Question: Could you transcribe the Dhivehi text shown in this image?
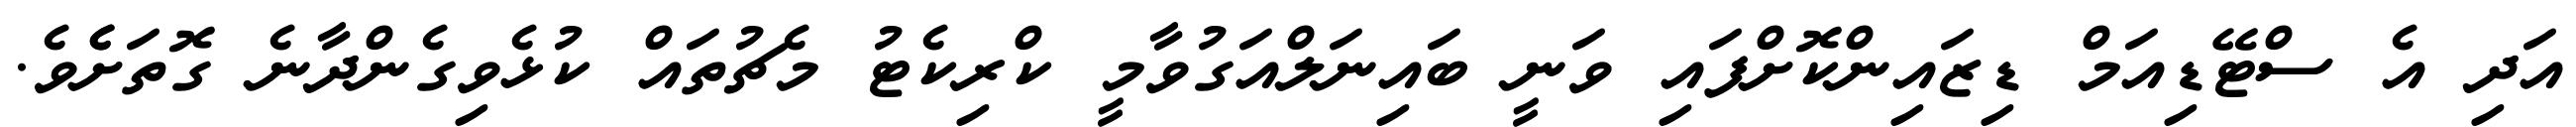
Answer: އަދި އެ ސްޓޭޑިއަމް ޑިޒައިންކޮށްފައި ވަނީ ބައިނަލްއަގުވާމީ ކްރިކެޓު މެޗުތައް ކުޅެވިގެންދާނެ ގޮތަށެެވެ.